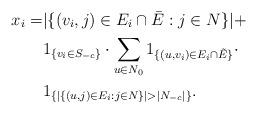
LaTeX: \begin{align*}x_i=&|\{(v_i,j)\in E_i \cap \bar{E}:j\in N\}|+\\&1_{\{v_i\in S_{-c}\}}\cdot\sum_{u\in N_0} 1_{\{(u,v_i) \in E_i\cap \tilde{E}\}} \cdot \\&1_{\{|\{(u,j)\in E_i :j\in N\}|>|N_{-c}| \}}. \end{align*}